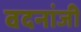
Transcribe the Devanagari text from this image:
वदनांजी